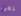
نقرر